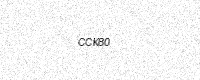
Text: CCK80